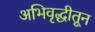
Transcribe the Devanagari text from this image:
अभिवृद्धीतून